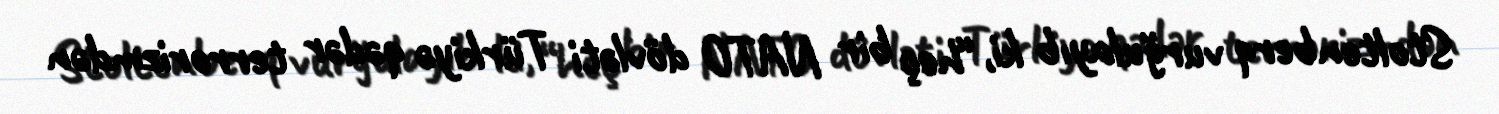
Stoltenberq vurğulayıb ki, “heç bir NATO dövləti Türkiyə qədər terrorizmdən